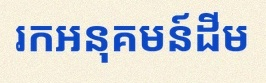
រកអនុគមន៍ដើម